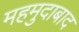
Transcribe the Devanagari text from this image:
महमुदाबाद